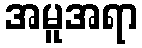
အမူအရာ